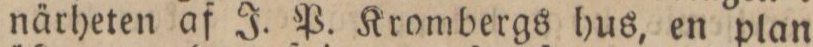
närheten af J. P. Krombergs hus, en plan